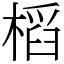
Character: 槄